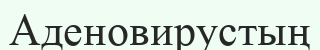
Аденовирустың